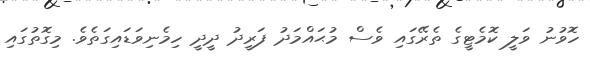
ހޮވުނު ވަލީ ކޮމެޓީގެ ތެރޭގައި ވެސް މުޙައްމަދު ފަރީދު ދީދީ ހިމެނިވަޑައިގަތެވެ. މިގޮތުގައި